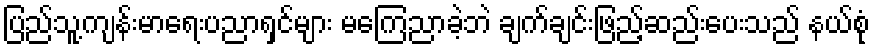
ပြည်သူ့ကျန်းမာရေးပညာရှင်များ မကြေညာခဲ့ဘဲ ချက်ချင်းဖြည့်ဆည်းပေးသည် နယ်စုံ